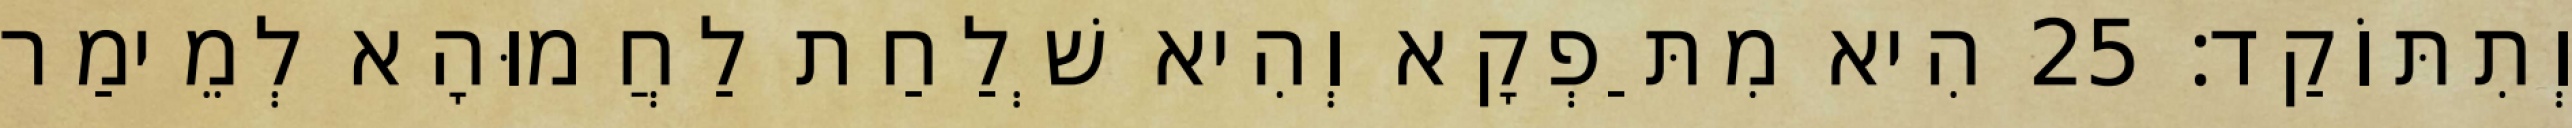
וְתִתּוֹקַד׃ 25 הִיא מִתַּפְקָא וְהִיא שְׁלַחַת לַחֲמוּהָא לְמֵימַר